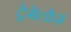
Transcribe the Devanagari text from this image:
ट्रेमेलोज़